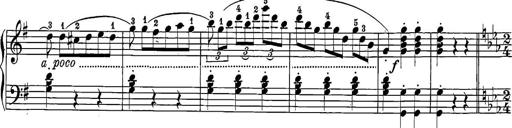
Title: 12 Sonatine per Pianoforte
Composer: Friedrich Kuhlau